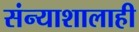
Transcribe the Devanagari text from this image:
संन्याशालाही